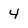
Character: 4